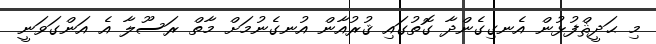
މި ޙަދީޘްފުޅުން އެނގިގެންދާ ގޮތުގައި ޤުރުއާން އުނގެނުމަށް މާތް ރަސޫލާ އެ އަންގަވަނީ